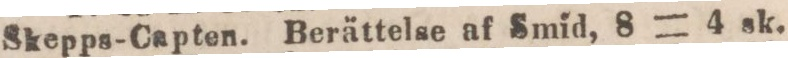
Skepps-Capten. Berättelse af Smid, 8 = 4 sk.